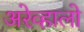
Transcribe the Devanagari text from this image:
अरेव्हालो